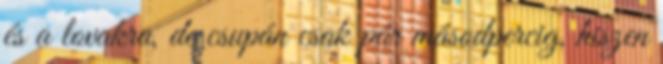
és a lovakra, de csupán csak pár másodpercig, hiszen